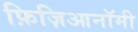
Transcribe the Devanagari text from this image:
फ़िज़िआनॉमी